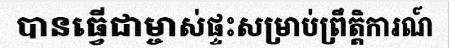
បានធ្វើជាម្ចាស់ផ្ទះសម្រាប់ព្រឹត្តិការណ៍